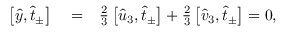
\begin{array} { r l r } { \left[ \hat { y } , \hat { t } _ { \pm } \right] } & { { } = } & { \frac { 2 } { 3 } \left[ \hat { u } _ { 3 } , \hat { t } _ { \pm } \right] + \frac { 2 } { 3 } \left[ \hat { v } _ { 3 } , \hat { t } _ { \pm } \right] = 0 , } \end{array}